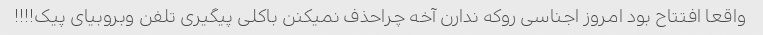
واقعا افتتاح بود امروز اجناسی روکه ندارن آخه چراحذف نمیکنن باکلی پیگیری ‌تلفن وبروبیای پیک!!!!